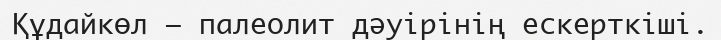
Құдайкөл – палеолит дәуірінің ескерткіші.